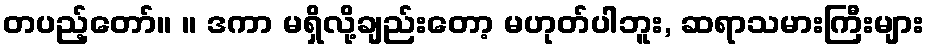
တပည့်တော်။ ။ ဒကာ မရှိလို့ချည်းတော့ မဟုတ်ပါဘူး, ဆရာသမားကြီးများ